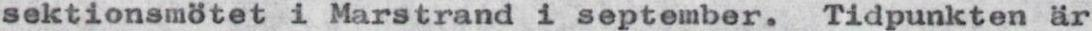
sektionsmötet i Marstrand i september. Tidpunkten är